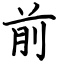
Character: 前